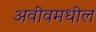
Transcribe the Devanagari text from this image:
अवीवमधील